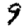
Digit: 9